Annual report of the Imperial Bacteriologist
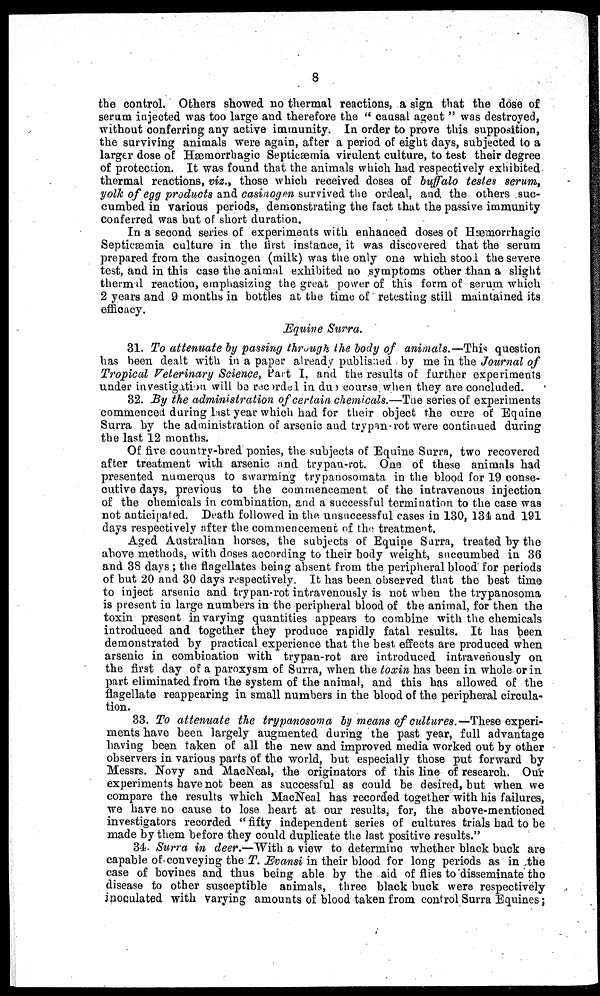
8
the control. Others showed no thermal reactions, a sign that the dose of
serum injected was too large and therefore the " causal agent " was destroyed,
without conferring any active immunity. In order to prove this supposition,
the surviving animals were again, after a period of eight days, subjected to a
larger dose of Hæmorrhagic Septicæmia virulent culture, to test their degree
of protection. It was found that the animals which had respectively exhibited
thermal reactions, viz., those which received doses of buffalo testes serum,
yolk of egg products and casinogen survived the ordeal, and. the others suc-
cumbed in various periods, demonstrating the fact that the passive immunity
conferred was but of short duration.
In a second series of experiments with enhanced doses of Hæmorrhagic
Septicæmia culture in the first instance, it was discovered that the serum
prepared from the casinogen (milk) was the only one which stool the severe
test, and in this case the animal exhibited no symptoms other than a slight
thermal reaction, emphasizing the great power of this form of serum which
2 years and 9 months in bottles at the time of retesting still maintained its
efficacy.
Equine Surra.
31. To attenuate by passing through the body of animals.—This question
has been dealt with in a paper already published by me in the Journal of
Tropical Veterinary Science, Part I, and the results of further experiments
under investigation will be recorded in due course when they are concluded.
32. By the administration of certain chemicals.—The series of experiments
commenced during last year which had for their object the cure of Eqaine
Surra by the administration of arsenic and trypan-rot were continued during
the last 12 months.
Of five country-bred ponies, the subjects of Equine Surra, two recovered
after treatment with arsenic and trypan-rot. One of these animals had
presented numerous to swarming trypanosomata in the blood for 19 conse-
cutive days, previous to the commencement of the intravenous injection
of the chemicals in combination, and a successful termination to the case was
not anticipated. Death followed in the unsuccessful cases in 130, 134 and 191
days respectively after the commencement of the treatment.
Aged Australian horses, the subjects of Equine Surra, treated by the
above methods, with doses according to their body weight, succumbed in 36
and 38 days; the flagellates being absent from the peripheral blood for periods
of but 20 and 30 days respectively. It has been observed that the best time
to inject arsenic and trypan-rot intravenously is not when the trypanosoma
is present in large numbers in the peripheral blood of the animal, for then the
toxin present in varying quantities appears to combine with the chemicals
introduced and together they produce rapidly fatal results. It has been
demonstrated by practical experience that the best effects are produced when
arsenic in combination with trypan-rot are introduced intravenously on
the first day of a paroxysm of Surra, when the toxin has been in whole or in
part eliminated from the system of the animal, and this has allowed of the
flagellate reappearing in small numbers in the blood of the peripheral circula-
tion.
33. To attenuate the trypanosoma by means of cultures.—These experi-
ments have been largely augmented during the past year, full advantage
having been taken of all the new and improved media worked out by other
observers in various parts of the world, but especially those put forward by
Messrs. Novy and MacNeal, the originators of this line of research. Our
experiments have not been as successful as could be desired, but when we
compare the results which MacNeal has recorded together with his failures,
we have no cause to lose heart at our results, for, the above-mentioned
investigators recorded " fifty independent series of cultures trials had to be
made by them before they could duplicate the last positive results."
34. Surra in deer.—With a view to determine whether black buck are
capable of conveying the T. Evansi in their blood for long periods as in the
case of bovines and thus being able by the aid of flies to disseminate the
disease to other susceptible animals, three black buck were respectively
inoculated with Varying amounts of blood taken from control Surra Equines ;